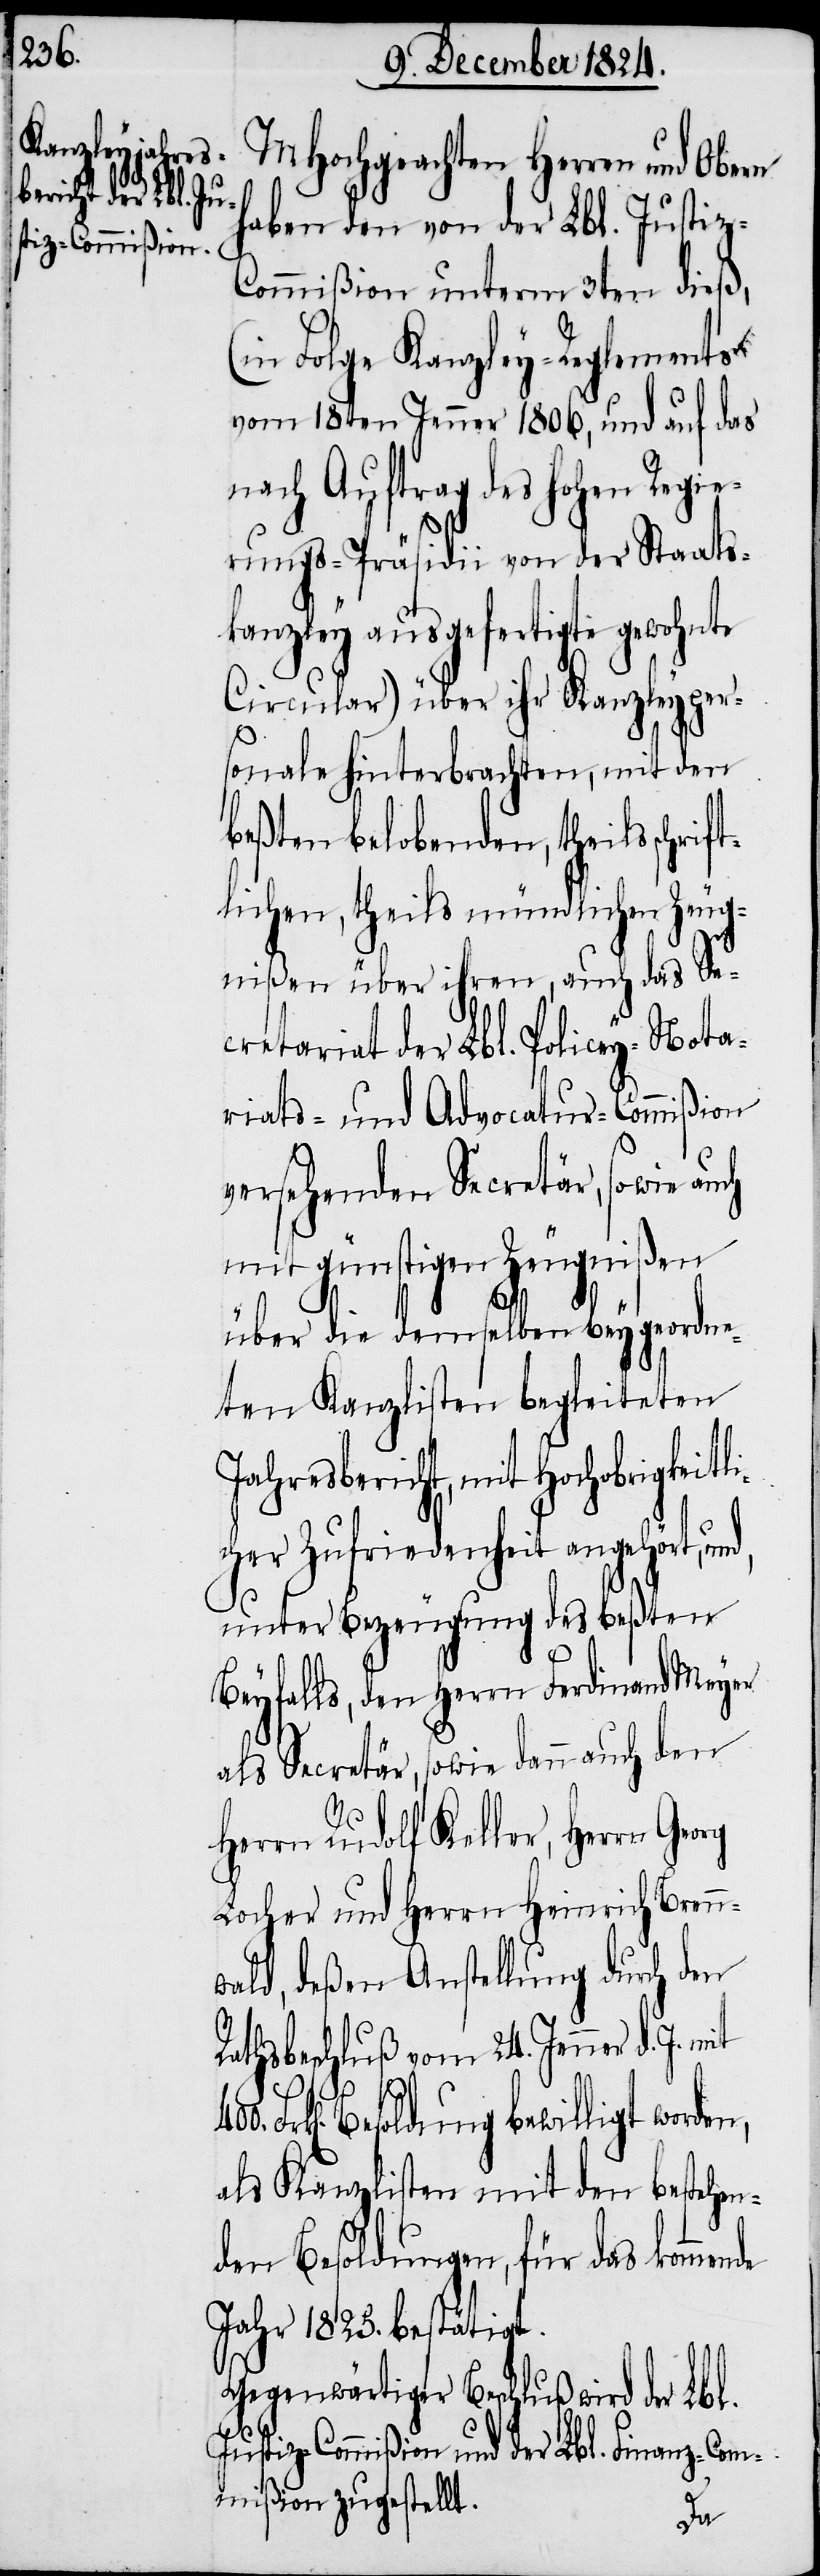
MHochgeachten Herren und Obern
haben den von der Lbl. Justiz-C¬
ommißion unterm 3ten dieß,
n Folge Kanzley-Reglements
vom 18ten Jenner 1806, und auf das
nach Auftrag des hohen Regie¬
rungs-Präsidii von der Staats¬
kanzley ausgefertigte gewohnte
Circular) über ihr Kanzleyper¬
sonale hinterbrachten, mit den
beßten belobenden, theils schrif¬
tlichen, theils mündlichen Zeug¬
nißen über ihren, auch das Se¬
cretariat der Lbl. Policey-Nota¬
riats- und Advocatur-Commißion
versehenden Secretär, sowie auch
mit günstigen Zeugnißen
über die demselben beygeordne¬
ten Kanzlisten begleiteten
Jahresbericht, mit Hochobrigkei¬
her Zufriedenheit angehört, un¬
unter Bezeugung des beßten
Beyfalls, den Herrn Ferdinand Meyer
als Secretär, sowie dann auch den
Herrn Rudolf Keller, Herrn
Locher und Herren Heinrich Bren¬
wald, deßen Anstellung durch den
Rathsbeschluß vom 24. Jenner d.
J. mit
Frk[en]. Besoldung bewilligt worden,
als Kanzlisten mit den bestehen¬
den Besoldungen, für das kommende
Jahr 1825. bestätigt.
Gegenwärtiger Beschluß wird der Lbl.
Justiz-Commißion und der Lbl. Finanz-Com¬
mißion zugestellt.